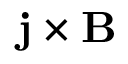
\mathbf j \times \mathbf B